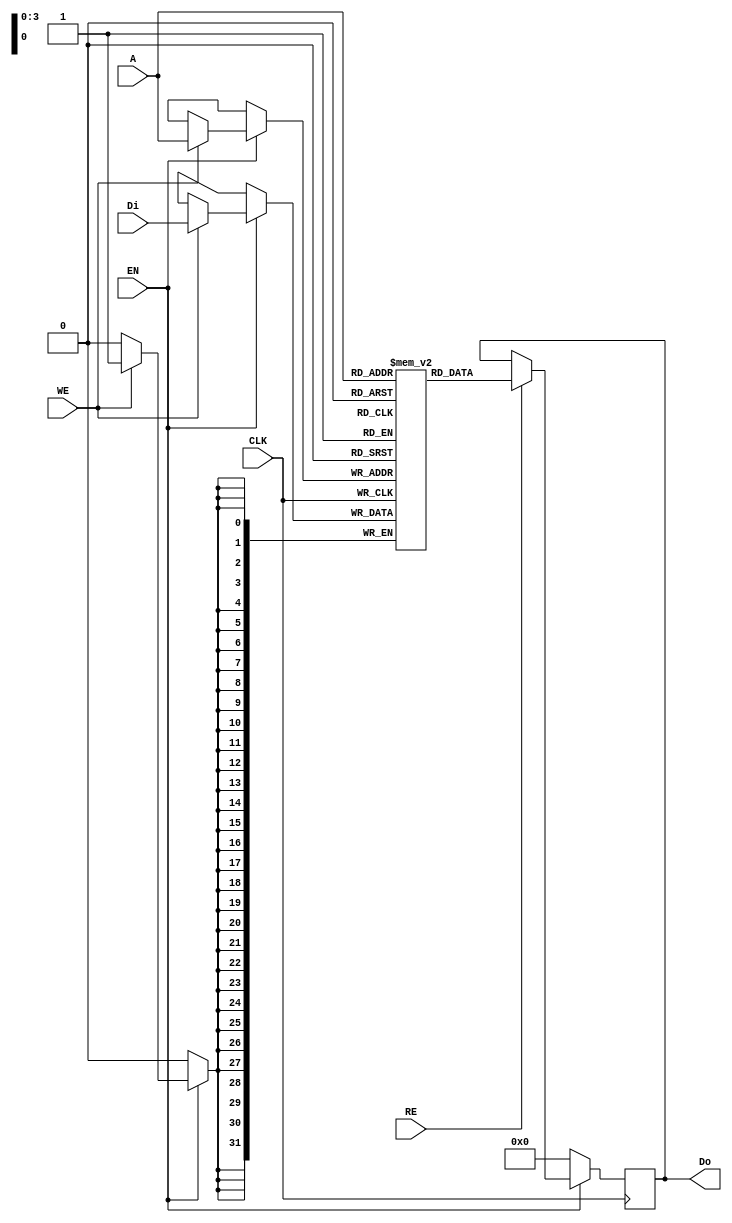
module DFFRAM_2048 #(parameter ADDRESS_LENGTH = 4, parameter DATA_LENGTH = 32)(
    input CLK,
    input EN, WE, RE, 
    input [DATA_LENGTH-1:0] Di,
    input [ADDRESS_LENGTH-1:0] A,

    output reg [DATA_LENGTH-1:0] Do
);

    reg [(DATA_LENGTH) -1:0] RAM[15 : 0]; 

    always @(posedge CLK) begin
        if(EN) begin
            if (RE) 
                Do <= RAM[A];
            if(WE) 
                RAM[A] <= Di;
        end

        else
            Do <= 32'b0;
    end 
endmodule